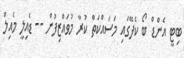
ބިޓީ އެންޑް ބޯ ކެފޭގައި މަސައްކަތް ކުރާ މުވައްޒިފުން -- ޑެއިލީ މެއިލް